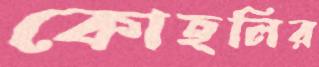
কোহলির